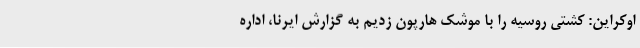
اوکراین: کشتی روسیه را با موشک هارپون زدیم به گزارش ایرنا، اداره